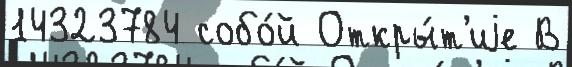
14323784 собо́й Откры́т'иjе В